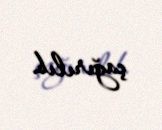
çağırılıb.